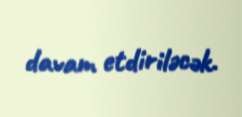
davam etdiriləcək.